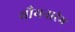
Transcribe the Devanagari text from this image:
यौयनारंभ